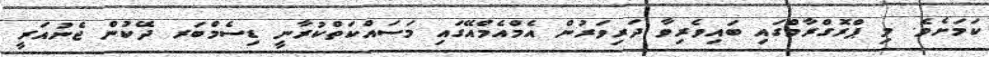
ކަމަށެވެ. މި ޕްރޮގްރާމްގައި ބައިވެރިވާ ދަރިވަރުން އެމްއެމްއޭގައި މަސައްކަތްކުރާނީ ޑިސެމްބަރ ދޭކުން ޖެނުއަރީ